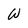
Character: W